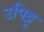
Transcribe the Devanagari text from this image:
उपिट्टू